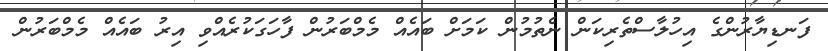
ފަނޑިޔާރުންގެ އިހުލާސްތެރިކަން ނެތުމުން ކަމަށް ބައެއް މެމްބަރުން ފާހަގަކުރެއްވި އިރު ބައެއް މެމްބަރުން